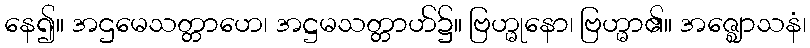
နေ၍။ အဌမေသတ္တာဟေ၊ အဋ္ဌမသတ္တာဟ်၌။ ဗြဟ္မုနော၊ ဗြဟ္မာ၏။ အဇ္ဈောသနံ၊